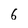
Character: 6